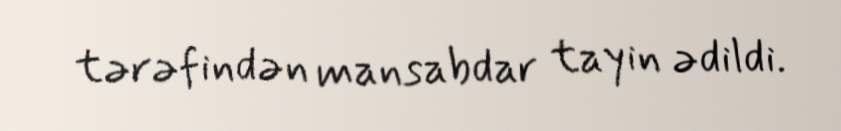
tərəfindən mansabdar tayin ədildi.